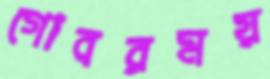
গোবরময়